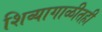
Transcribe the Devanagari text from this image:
शिव्यागाळीतही